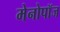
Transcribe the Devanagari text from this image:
मेनोपॉज